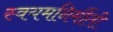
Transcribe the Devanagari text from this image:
स्वयमनिर्मीती